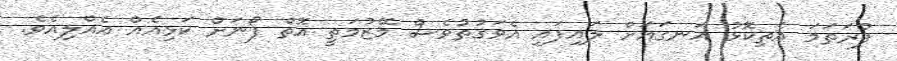
ފުރަތަމަ އެތިކޮޅު އަނގައަށް ލައިފައި އެވަގުތުވެސް މޭޒުމަތީ އޮތް ފޯނަށް ކަޅިއެއް އެއްލިއެވެ.